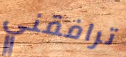
ترافقني